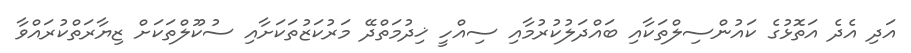
އަދި އެދެ އަތޮޅުގެ ކައުންސިލްތަކާއި ބައްދަލުކުރުމާއި ސިއްހީ ޚިދުމަތްދޭ މަރުކަޒުތަކަށާއި ސުކޫލްތަކަށް ޒިޔާރަތްކުރައްވާ